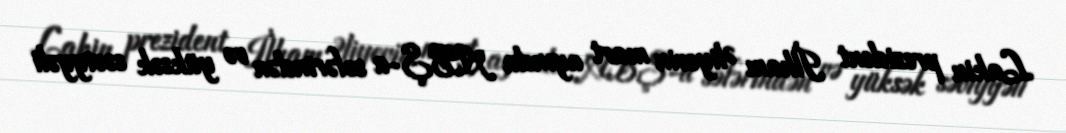
Lakin prezident İlham Əliyevin mart ayında ABŞ-a səfərindən və yüksək səviyyəli